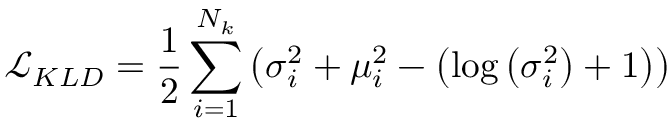
\mathcal { L } _ { K L D } = \frac { 1 } { 2 } \sum _ { i = 1 } ^ { N _ { k } } \left( \sigma _ { i } ^ { 2 } + \mu _ { i } ^ { 2 } - \left( \log \left( \sigma _ { i } ^ { 2 } \right) + 1 \right) \right)